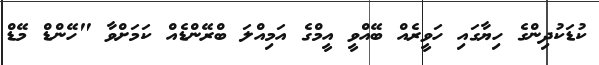
ކުޑަކުދިންގެ ހިޔާގައި ހަވީރެއް ބޭއްވީ އީމްގެ އަމިއްލަ ބްރޭންޑެއް ކަމަށްވާ "ހޭންޑް މޭޑް